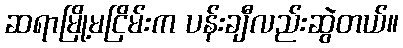
ဆရာမြို့မငြိမ်းက ပန်းချီလည်းဆွဲတယ်။